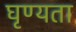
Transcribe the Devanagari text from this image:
घृण्यता